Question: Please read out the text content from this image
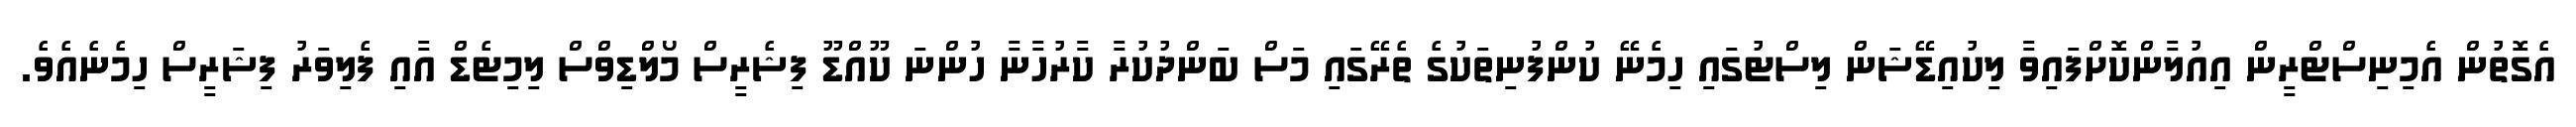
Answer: އެގޮތުން އެމިނިސްޓްރީން އިއުލާންކޮށްފައިވާ ލިކުއިޑޭޝަން ލިސްޓުގައި ހިމެނޭ ކުންފުނިތަކުގެ ތެރޭގައި މަސް ބަންދުކުރާ ކާރުހާނާ ހުންނަ ކޫއްޑޫ ފިޝެރީސް މޯލްޑިވްސް ލިމިޓެޑް އާއި ފެލިވަރު ފިޝަރީސް ހިމެނެއެވެ.